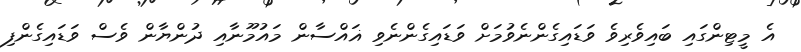
އެ މީޓިންގައި ބައިވެރިވެ ވަޑައިގެންނެވުމަށް ވަޑައިގެންނެވި ޣައްސާން މައުމޫނާއި ދުންޔާން ވެސް ވަޑައިގެންފި